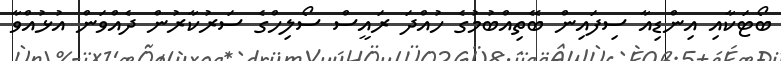
ބޯޓަކާއި އިންޑިއާ ސިފައިން ބޭތިއްބުމުގެ ހުއްދަ ރައީސް ސޯލިހްގެ ސަރުކާރުން ދެއްވަން އުޅުއްވާ